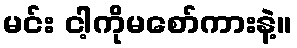
မင်း ငါ့ကိုမစော်ကားနဲ့။